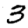
Digit: 3